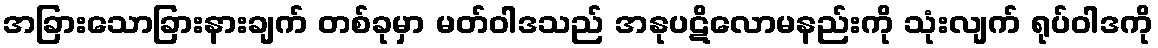
အခြားသောခြားနားချက် တစ်ခုမှာ မတ်ဝါဒသည် အနုပဋိလောမနည်းကို သုံးလျက် ရုပ်ဝါဒကို